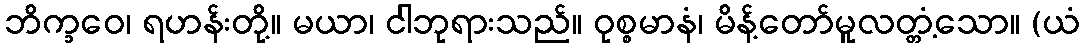
ဘိက္ခဝေ၊ ရဟန်းတို့။ မယာ၊ ငါဘုရားသည်။ ဝုစ္စမာနံ၊ မိန့်တော်မူလတ္တံ့သော။ (ယံ